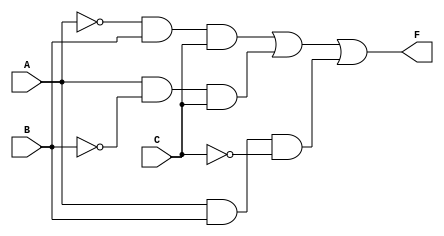
module combinational_logic_block (
    input wire A,   // Input A
    input wire B,   // Input B
    input wire C,   // Input C
    output wire F   // Output F
);

// Internal signals for the product terms
wire A_not;       // A'
wire B_not;       // B'
wire C_not;       // C'
wire term1;      // A'BC
wire term2;      // AB'C
wire term3;      // ABC'

// Inverting the inputs
not (A_not, A);   // NOT gate for A
not (B_not, B);   // NOT gate for B
not (C_not, C);   // NOT gate for C

// AND gates for each product term
and (term1, A_not, B, C);  // A'BC
and (term2, A, B_not, C);   // AB'C
and (term3, A, B, C_not);   // ABC'

// OR gate to combine the product terms
or (F, term1, term2, term3); // F = A'BC + AB'C + ABC'

endmodule